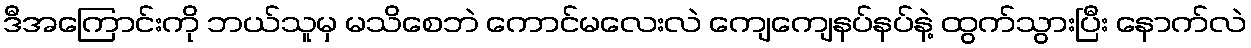
ဒီအကြောင်းကို ဘယ်သူမှ မသိစေဘဲ ကောင်မလေးလဲ ကျေကျေနပ်နပ်နဲ့ ထွက်သွားပြီး နောက်လဲ